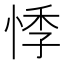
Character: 悸